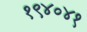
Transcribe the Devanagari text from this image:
१९४०४१